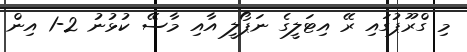
މި ގްރޫޕުގައި ރޭ އިޓަލީގެ ނަޕޯލީ އާއި މާސޭ ކުޅުނު 2-1 އިން